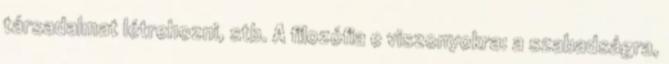
társadalmat létrehozni, stb. A filozófia e viszonyokra: a szabadságra,